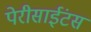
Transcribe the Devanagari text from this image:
पेरीसाईंटस